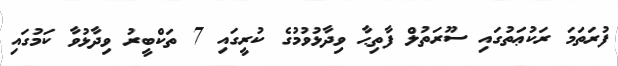
ފުރަތަމަ ރަކުޢަތުގައި ސޫރަތުލް ފާތިޙާ ވިދާޅުވުމުގެ ކުރީގައި 7 ތަކްބީރު ވިދާޅުވާ ކަމުގައި